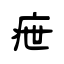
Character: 疶